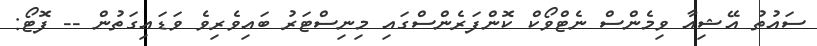
ސައުތު އޭޝިއާ ވިމެންސް ނެޓްވޯކް ކޮންފަރެންސްގައި މިނިސްޓަރު ބައިވެރިވެ ވަޑައިގަތުން -- ފޮޓޯ: